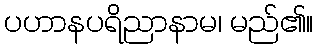
ပဟာနပရိညာနာမ၊ မည်၏။